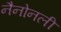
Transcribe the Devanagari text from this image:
नैनोनली